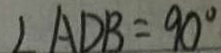
\angle A D B = 9 0 ^ { \circ }